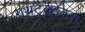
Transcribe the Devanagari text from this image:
ग्रंथट्रैक्टेटस